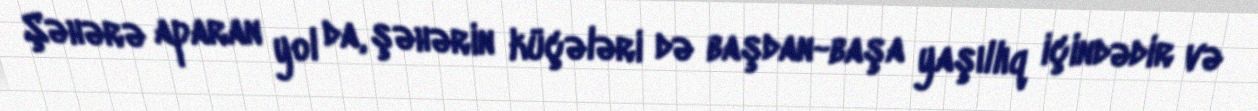
Şəhərə aparan yol da, şəhərin küçələri də başdan-başa yaşıllıq içindədir və